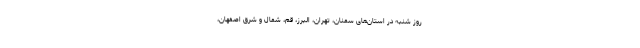
روز شنبه در استان‌های سمنان، تهران، البرز، قم، شمال و شرق اصفهان،